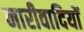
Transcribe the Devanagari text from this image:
नारीवादियों